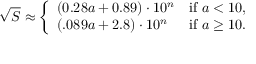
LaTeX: { \sqrt { S } } \approx { \left\{ \begin{array} { l l } { ( 0 . 2 8 a + 0 . 8 9 ) \cdot 1 0 ^ { n } } & { { \mathrm { i f ~ } } a < 1 0 , } \\ { ( . 0 8 9 a + 2 . 8 ) \cdot 1 0 ^ { n } } & { { \mathrm { i f ~ } } a \geq 1 0 . } \end{array} \right. }